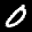
Label: 0